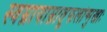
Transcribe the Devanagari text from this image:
स्वम्नायाम्नातूफलोन्मुखाः